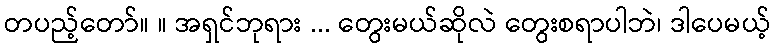
တပည့်တော်။ ။ အရှင်ဘုရား ... တွေးမယ်ဆိုလဲ တွေးစရာပါဘဲ၊ ဒါပေမယ့်